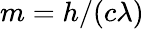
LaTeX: m=h/(c\lambda)